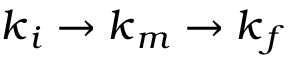
\boldsymbol { k } _ { i } \rightarrow \boldsymbol { k } _ { m } \rightarrow \boldsymbol { k } _ { f }